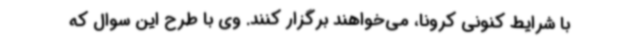
با شرایط کنونی کرونا، می‌خواهند برگزار کنند. وی با طرح این سوال که